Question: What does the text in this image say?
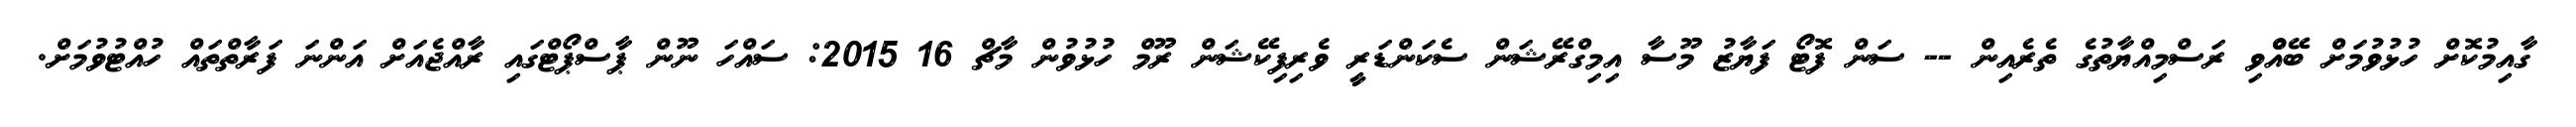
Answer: ގާއިމުކޮށް ހުޅުވުމަށް ބޭއްްވި ރަސްމިއްޔާތުގެ ތެރެއިން -- ސަން ފޮޓޯ ފަޔާޒު މޫސާ އިމިގްރޭޝަން ސެކަންޑަރީ ވެރިފިކޭޝަން ރޫމް ހުޅުވުން މާޗް 16 2015: ސައްހަ ނޫން ޕާސްޕޯޓްގައި ރާއްޖެއަށް އަންނަ ފަރާތްތައް ހުއްޓުވުމަށް.